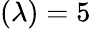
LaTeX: (\lambda)=5